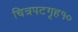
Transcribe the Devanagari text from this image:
चित्रपटगृह१०